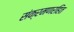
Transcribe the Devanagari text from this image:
संक्रमणरहित